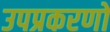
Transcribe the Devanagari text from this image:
उपप्रकरणों